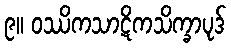
၉။ ဝဿိကသာဋိကသိက္ခာပုဒ်